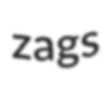
zags